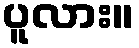
ပူလား။